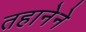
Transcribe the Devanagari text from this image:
तहानेने